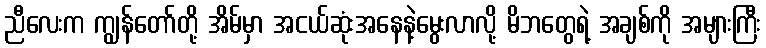
ညီလေးက ကျွန်တော်တို့ အိမ်မှာ အငယ်ဆုံးအနေနဲ့မွေးလာလို့ မိဘတွေရဲ့ အချစ်ကို အများကြီး